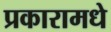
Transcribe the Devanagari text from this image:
प्रकारामधे